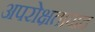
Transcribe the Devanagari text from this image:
अपरोक्षतावाद